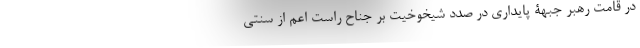
در قامت رهبر جبهۀ پایداری در صدد شیخوخیت بر جناح راست اعم از سنتی